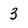
Character: 3